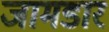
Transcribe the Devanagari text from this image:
जामडार